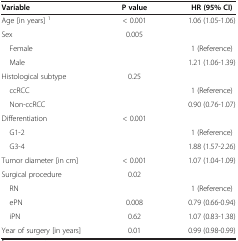
<table><thead><tr><td><b>Variable</b></td><td><b>P value</b></td><td><b>HR (95% CI)</b></td></tr></thead><tbody><tr><td>Age [in years] <sup>1</sup></td><td>&lt; 0.001</td><td>1.06 (1.05-1.06)</td></tr><tr><td>Sex</td><td>0.005</td><td> </td></tr><tr><td> Female</td><td> </td><td>1 (Reference)</td></tr><tr><td> Male</td><td> </td><td>1.21 (1.06-1.39)</td></tr><tr><td>Histological subtype</td><td>0.25</td><td> </td></tr><tr><td> ccRCC</td><td> </td><td>1 (Reference)</td></tr><tr><td> Non-ccRCC</td><td> </td><td>0.90 (0.76-1.07)</td></tr><tr><td>Differentiation</td><td>&lt; 0.001</td><td> </td></tr><tr><td> G1-2</td><td> </td><td>1 (Reference)</td></tr><tr><td> G3-4</td><td> </td><td>1.88 (1.57-2.26)</td></tr><tr><td>Tumor diameter [in cm]</td><td>&lt; 0.001</td><td>1.07 (1.04-1.09)</td></tr><tr><td>Surgical procedure</td><td>0.02</td><td> </td></tr><tr><td> RN</td><td> </td><td>1 (Reference)</td></tr><tr><td> ePN</td><td>0.008</td><td>0.79 (0.66-0.94)</td></tr><tr><td> iPN</td><td>0.62</td><td>1.07 (0.83-1.38)</td></tr><tr><td>Year of surgery [in years]</td><td>0.01</td><td>0.99 (0.98-0.99)</td></tr></tbody></table>